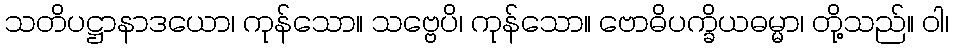
သတိပဋ္ဌာနာဒယော၊ ကုန်သော။ သဗ္ဗေပိ၊ ကုန်သော။ ဗောဓိပက္ခိယဓမ္မာ၊ တို့သည်။ ဝါ၊